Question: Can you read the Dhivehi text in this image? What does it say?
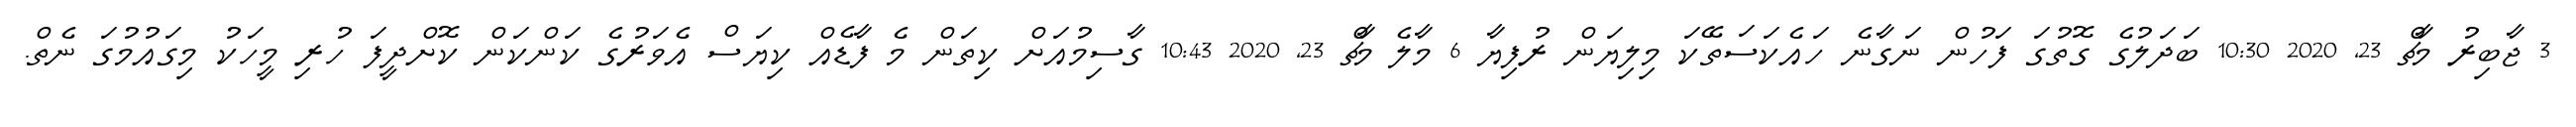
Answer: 3 ޖާބިރު މާޗް 23, 2020 10:30 ބަދަލުގެ ގޮތުގަ ފަހުން ނަގާނެ ހައެކަސަތޭކަ މިލިޔަން ރުފިޔާ 6 މާލެ މާޗް 23, 2020 10:43 ގާސިމުއަށް ކިތަން މެ ފާޑެއް ކިޔަސް އެވަރުގެ ކަންކަން ކޮށްދީފަ ހުރި މީހަކު މިގައުމުގަ ނެތް.